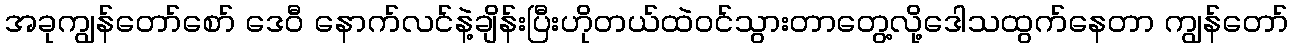
အခုကျွန်တော်စော် ဒေဝီ နောက်လင်နဲ့ချိန်းပြီးဟိုတယ်ထဲဝင်သွားတာတွေ့လို့ဒေါသထွက်နေတာ ကျွန်တော်